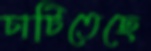
চাটিতেছে